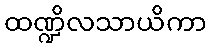
ထဏ္ဍိလသာယိကာ